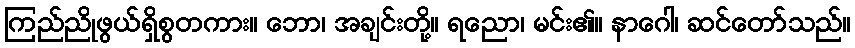
ကြည်ညိုဖွယ်ရှိစွတကား။ ဘော၊ အချင်းတို့။ ရညော၊ မင်း၏။ နာဂေါ၊ ဆင်တော်သည်။